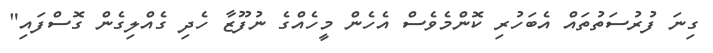
ގިނަ ފުރުސަތުތައް އެބަހުރި ކޮންމެވެސް އެހެން މީހެއްގެ ނުފޫޒާ ހެދި ގެއްލިގެން ގޮސްފައި"